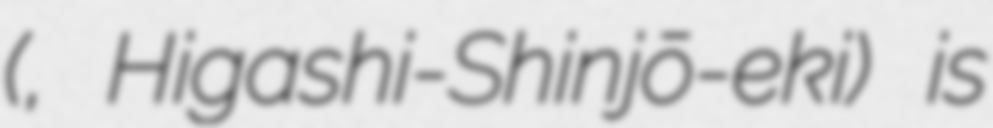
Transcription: (東新庄駅, Higashi-Shinjō-eki) is